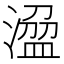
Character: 𣻭